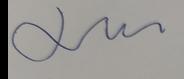
Signature authenticity: genuine